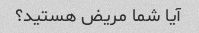
آیا شما مریض هستید؟